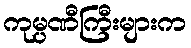
ကုမ္ပဏီကြီးများက